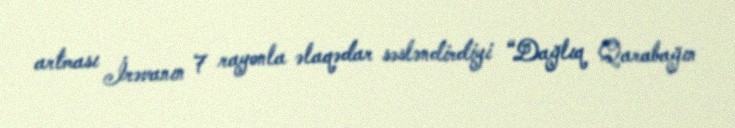
artması İrəvanın 7 rayonla əlaqədar səsləndirdiyi “Dağlıq Qarabağın